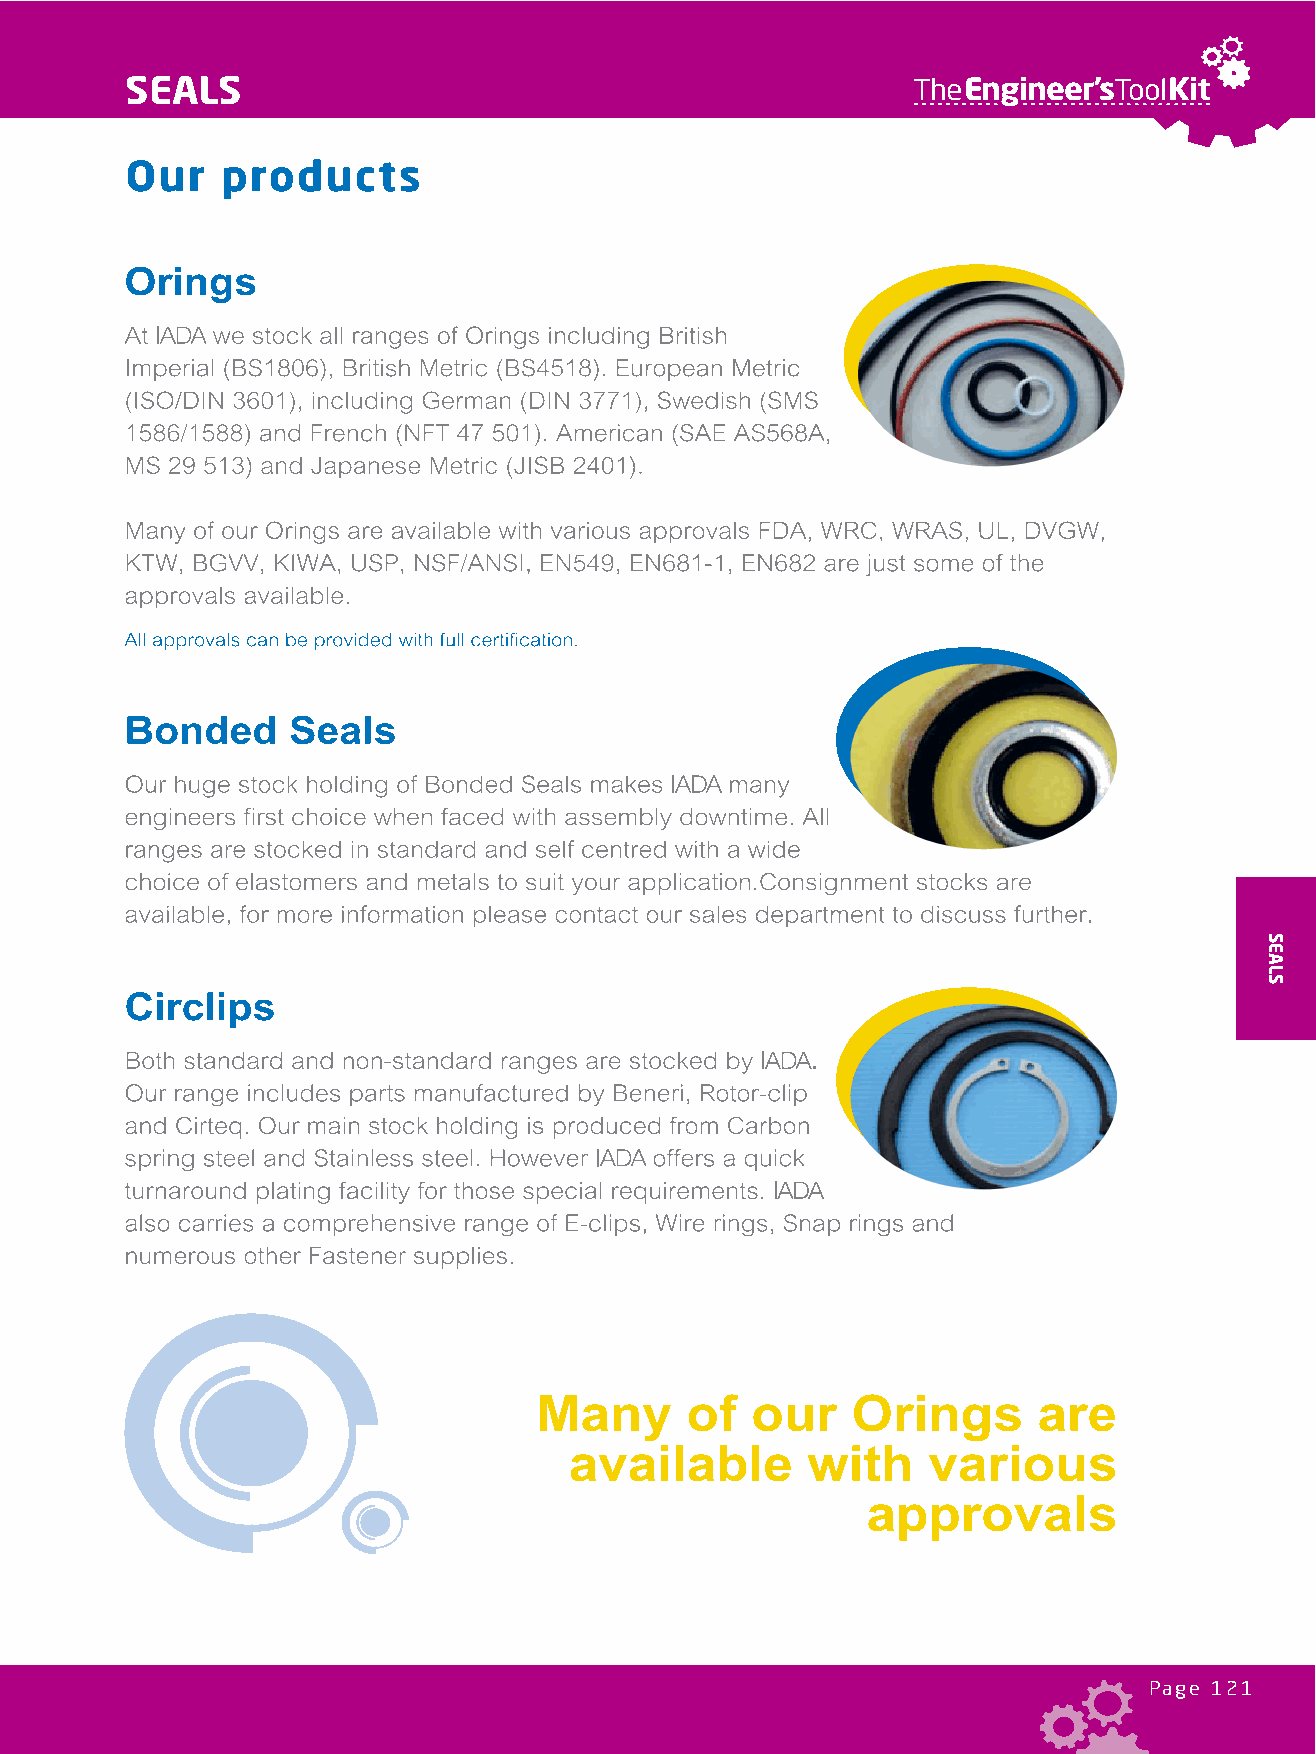
SEALS                                               TheEngineer’sToolKit
 Page 121
 SEALS